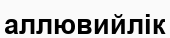
аллювийлік